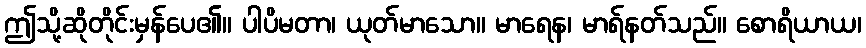
ဤသို့ဆိုတိုင်းမှန်ပေ၏။ ပါပိမတာ၊ ယုတ်မာသော။ မာရေန၊ မာရ်နတ်သည်။ စောရိယာယ၊